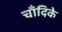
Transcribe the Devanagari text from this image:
चाँदिके